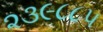
૨૩૯૮૮૫